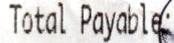
TOTAL PAYABLE: